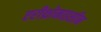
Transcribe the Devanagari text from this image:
एरीथ्रोमाइसीन